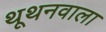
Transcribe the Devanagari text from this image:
थूथनवाला